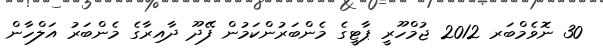
30 ނޮވެމްބަރ 2012 ޖުމްހޫރީ ޕާޓީގެ މެންބަރުންކަމުން ފޭދޫ ދާއިރާގެ މެންބަރު އަލްހާން